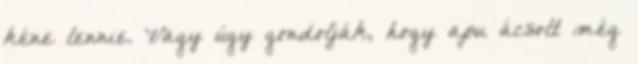
kéne lennie. Vagy úgy gondolják, hogy apu ácsolt még